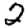
Digit: 2